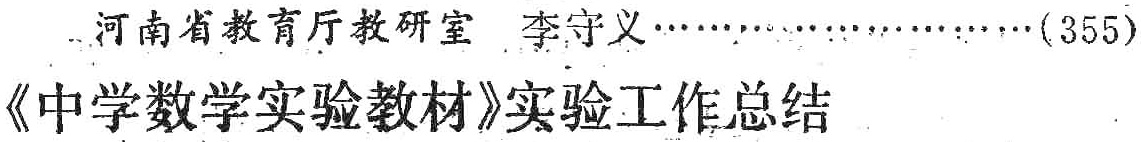
河南省教育厅教研室 李守义\ldots\ldots\ldots\ldots\ldots\ldots\ldots(355)\\

《中学数学实验教材》实验工作总结